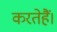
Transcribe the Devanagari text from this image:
करतेहैं।